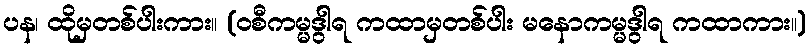
ပန၊ ထိုမှတစ်ပါးကား။ (ဝစီကမ္မဒွါရ ကထာမှတစ်ပါး မနောကမ္မဒွါရ ကထာကား။)